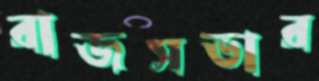
রাজসভার